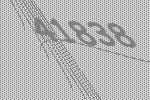
41838